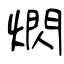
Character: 熌